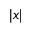
| x |